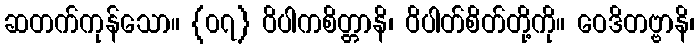
ဆတက်ကုန်သော။ {၀၇} ဝိပါကစိတ္တာနိ၊ ဝိပါတ်စိတ်တို့ကို။ ဝေဒိတဗ္ဗာနိ၊